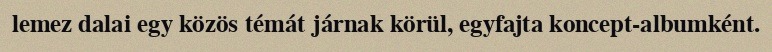
lemez dalai egy közös témát járnak körül, egyfajta koncept-albumként.